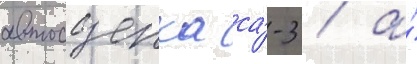
автосцепка са́-3 / а́